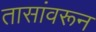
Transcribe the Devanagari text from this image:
तासांवरून